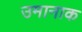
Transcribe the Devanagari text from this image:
उमानाक